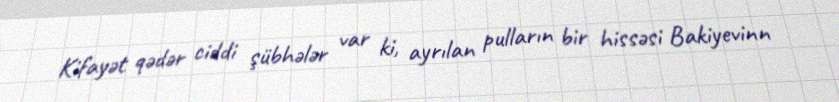
Kifayət qədər ciddi şübhələr var ki, ayrılan pulların bir hissəsi Bakiyevinn